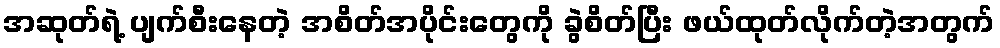
အဆုတ်ရဲ့ ပျက်စီးနေတဲ့ အစိတ်အပိုင်းတွေကို ခွဲစိတ်ပြီး ဖယ်ထုတ်လိုက်တဲ့အတွက်